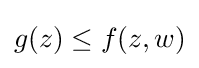
{\textstyle g(z)\leq f(z,w)}